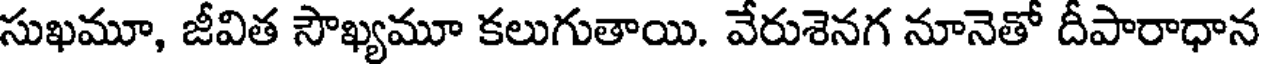
సుఖమూ, జీవిత సౌఖ్యమూ కలుగుతాయి. వేరుశెనగ నూనెతో దీపారాధాన